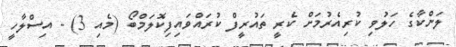
ލަންކާގެ ހަލުވި ކުރިއެރުމަށް ކެރީ ތައުރީފް ކުރައްވައިފިކޮލަމްބޯ (މެެއި 3) - އިސްލާހީ